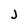
Character: j